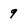
Character: 9